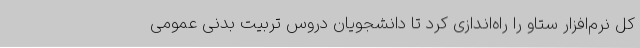
کل نرم‌افزار ستاو را راه‌اندازی کرد تا دانشجویان دروس تربیت بدنی عمومی